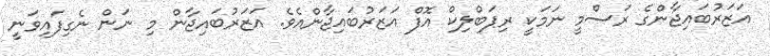
އަޒަރުބައިޖާންގެ ރަސްމީ ނަމަކީ ރިޕަބްލިކް އޮފް އަޒަރުބައިޖާންއެވެ. އަޒަރުބައިޖާން މި ނަން ނެގިފައިވަނީ